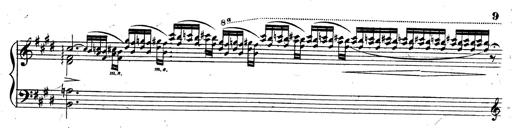
Title: 3 Caprices-Valses
Composer: Franz Liszt